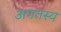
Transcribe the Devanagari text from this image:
अगतस्य